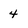
Character: 4